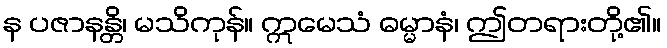
န ပဇာနန္တိ၊ မသိကုန်။ ဣမေသံ ဓမ္မာနံ၊ ဤတရားတို့၏။